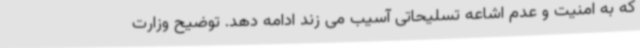
که به امنیت و عدم اشاعه تسلیحاتی آسیب می زند ادامه دهد. توضیح وزارت